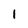
Character: 1